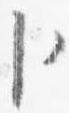
臣